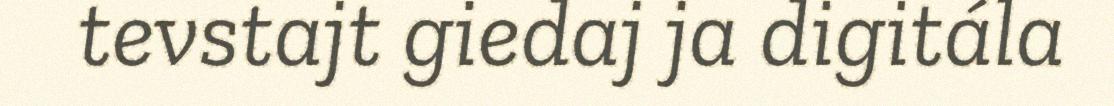
tevstajt giedaj ja digitála